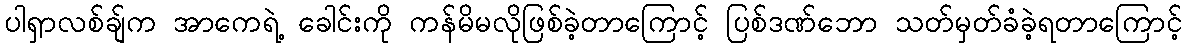
ပါရှာလစ်ချ်က အာကေရဲ့ ခေါင်းကို ကန်မိမလိုဖြစ်ခဲ့တာကြောင့် ပြစ်ဒဏ်ဘော သတ်မှတ်ခံခဲ့ရတာကြောင့်